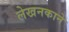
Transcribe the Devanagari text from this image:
लेखनकाने